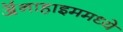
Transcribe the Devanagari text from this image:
ॲनाहाइममध्ये